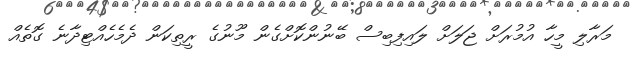
މަރާލި މީހާ އުމުރަށް ޖަލަށް ލައިފިބިސް ބޭނުންކޮށްގެން މޫނުގެ ރީތިކަން ދެމެހެއްޓިދާނެ ގޮތެއް